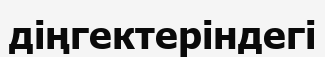
діңгектеріндегі